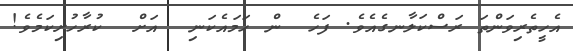
އެހީތެރިވަންތަ ރަސްކަލާނގެއެވެ. ފަހެ  ން ހަމައެކަނި  އަށް  ކުރާހުށިކަމެވެ!